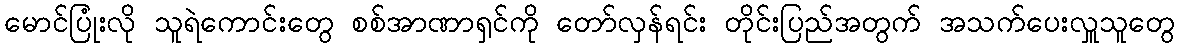
မောင်ပြုံးလို သူရဲကောင်းတွေ စစ်အာဏာရှင်ကို တော်လှန်ရင်း တိုင်းပြည်အတွက် အသက်ပေးလှူသူတွေ